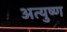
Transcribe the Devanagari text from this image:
अत्युष्ण